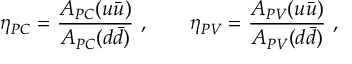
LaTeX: \eta _ { P C } = \frac { A _ { P C } ( u \bar { u } ) } { A _ { P C } ( d \bar { d } ) } ~ , \qquad \eta _ { P V } = \frac { A _ { P V } ( u \bar { u } ) } { A _ { P V } ( d \bar { d } ) } ~ ,